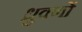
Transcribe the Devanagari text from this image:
ध्रुवणों